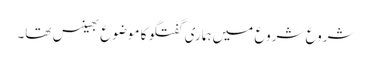
شروع شروع میں ہماری گفتگو کا موضوع بھینس تھا۔